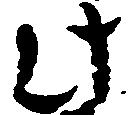
此